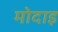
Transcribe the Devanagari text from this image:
मोदाइ